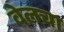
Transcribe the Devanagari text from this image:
वेलचा